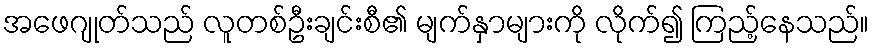
အဖေဂျုတ်သည် လူတစ်ဦးချင်းစီ၏ မျက်နှာများကို လိုက်၍ ကြည့်နေသည်။